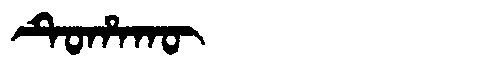
Manchu: ᡨᡠᡥᠠᡴᡡ
Romanization: TUHAKŪ